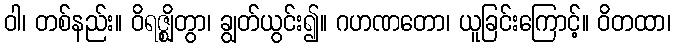
ဝါ၊ တစ်နည်း။ ဝိရဇ္ဈိတွာ၊ ချွတ်ယွင်း၍။ ဂဟဏတော၊ ယူခြင်းကြောင့်။ ဝိတထာ၊